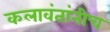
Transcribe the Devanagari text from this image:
कलावंतांनीच